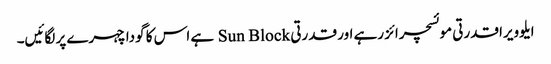
ایلوویرا قدرتی موئسچرائز رہے اور قدرتی Sun Block ہے اس کا گودا چہرے پر لگائیں۔